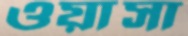
ওয়াসা